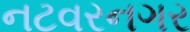
નટવરનગર